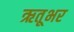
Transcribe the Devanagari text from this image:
ऋतूभर